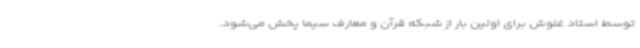
توسط استاد غلوش برای اولین بار از شبکه قرآن و معارف سیما پخش می‌شود.